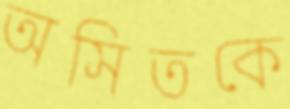
অসিতকে